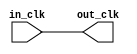
// interlaken_phy_clock_bridge_0.v

// Generated using ACDS version 18.1.2 277

`timescale 1 ps / 1 ps
module interlaken_phy_clock_bridge_0 (
		input  wire  in_clk,  //  in_clk.clk
		output wire  out_clk  // out_clk.clk
	);

	assign out_clk = in_clk;

endmodule